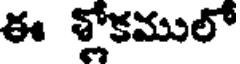
ఈ శ్లోకములో